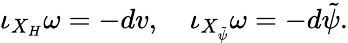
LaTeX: \iota_{X_{H}}\omega=-dv,\quad\iota_{X_{\tilde{\psi}}}\omega=-d\tilde{\psi}.